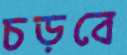
চড়বে